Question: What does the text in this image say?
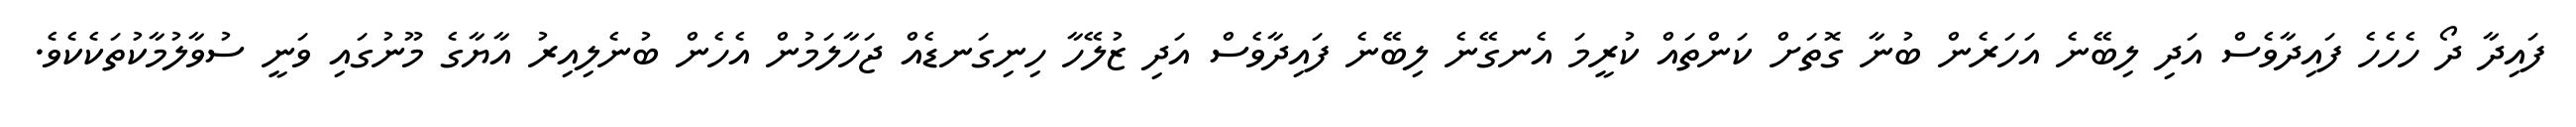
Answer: ފައިދާ ދޯ ހެހެހެ ފައިދާވެސް އަދި ލިބޭނެ އަހަރެން ބުނާ ގޮތަށް ކަންތައް ކުރީމަ އެނގޭނެ ލިބޭނެ ފައިދާވެސް އަދި ޒުލޭހާ ހިނިގަނޑެއް ޖަހާލަމުން އެހެން ބުނެލިއިރު އާޔާގެ މޫނުގައި ވަނީ ސުވާލުމާކުތަކެކެވެ.